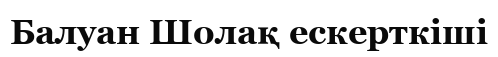
Балуан Шолақ ескерткіші